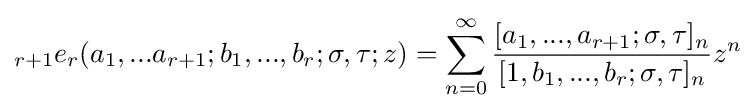
\displaystyle {}_{r+1}e_{r}(a_{1},...a_{r+1};b_{1},...,b_{r};\sigma ,\tau ;z)=\sum _{n=0}^{\infty }{\frac {[a_{1},...,a_{r+1};\sigma ,\tau ]_{n}}{[1,b_{1},...,b_{r};\sigma ,\tau ]_{n}}}z^{n}